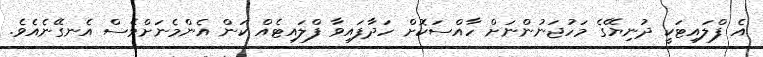
އެ ފްލައިޓަކީ ދުނިޔޭގެ މަހުޖަނުންނަށް ހާއްސަކޮށް ހަދާފައިވާ ފްލައިޓެއް ކަން އެންމެނަށްވެސް އެނގޭނެއެވެ.